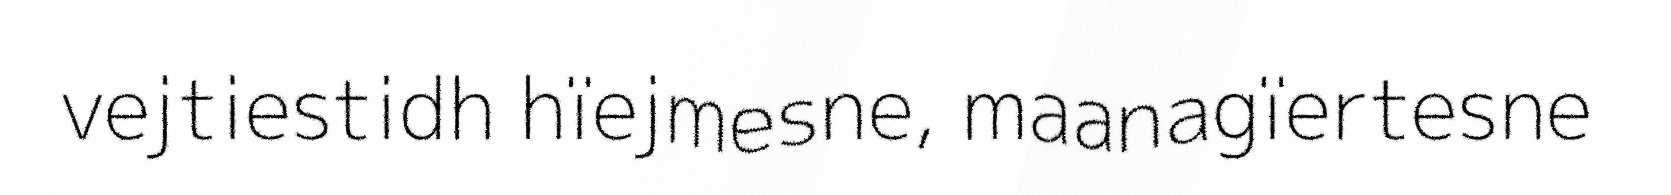
vejtiestidh hïejmesne, maanagïertesne